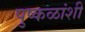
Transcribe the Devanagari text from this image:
पुष्कळांशी